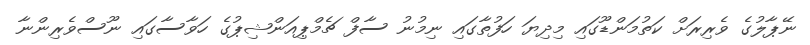
ނޭޕާލުގެ ވެރިރަށް ކަތުމަންޑޫގައި މިދިޔަ ހަފުތާގައި ނިމުނު ސާފް ޗެމްޕިއަންޝިޕުގެ ހަވާސާގައި ނޫސްވެރިންނާ